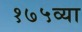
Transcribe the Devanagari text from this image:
१७५व्या